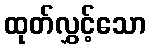
ထုတ်လွှင့်သော